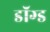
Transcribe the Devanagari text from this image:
डॉग्ड